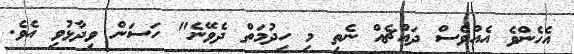
އެހެންވެ އެއްވެސް ދައްޗެއް ނެތި މި ހިދުމަތް ދެވޭނެ" ހަސަން ވިދާޅުވި އެވެ.